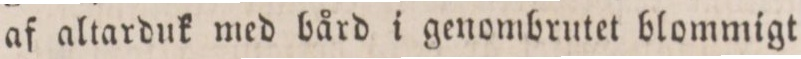
af altarduk med bård i genombrutet blommigt